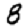
Digit: 8